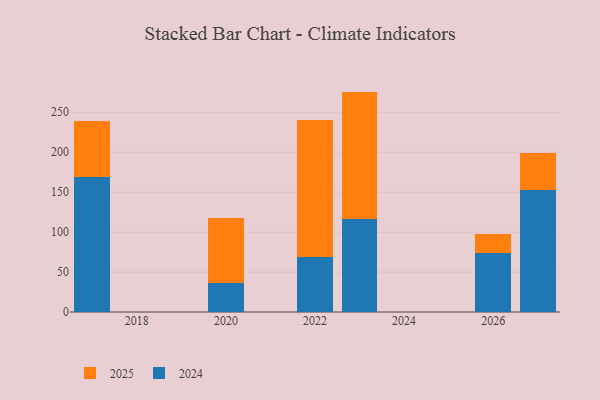
{"axis": {"x": "Year", "y": "Backlog"}, "legend": ["2024", "2025"], "data": [{"x": "2026", "y": 73.4, "type": "2024"}, {"x": "2026", "y": 24.8, "type": "2025"}, {"x": "2027", "y": 152.5, "type": "2024"}, {"x": "2027", "y": 46.4, "type": "2025"}, {"x": "2023", "y": 116.7, "type": "2024"}, {"x": "2023", "y": 159.1, "type": "2025"}, {"x": "2020", "y": 36.7, "type": "2024"}, {"x": "2020", "y": 81.3, "type": "2025"}, {"x": "2022", "y": 68.6, "type": "2024"}, {"x": "2022", "y": 171.5, "type": "2025"}, {"x": "2017", "y": 169.0, "type": "2024"}, {"x": "2017", "y": 70.0, "type": "2025"}]}